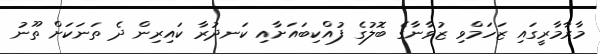
މާރާމާރީގައި ޒަހަމްވި ޒުވާނާގެ ބޮލުގެ ފުއްކިބައަށާއި ކަނދުރާ ކައިރިން ދެ ތަނަކަށް ތޫނު